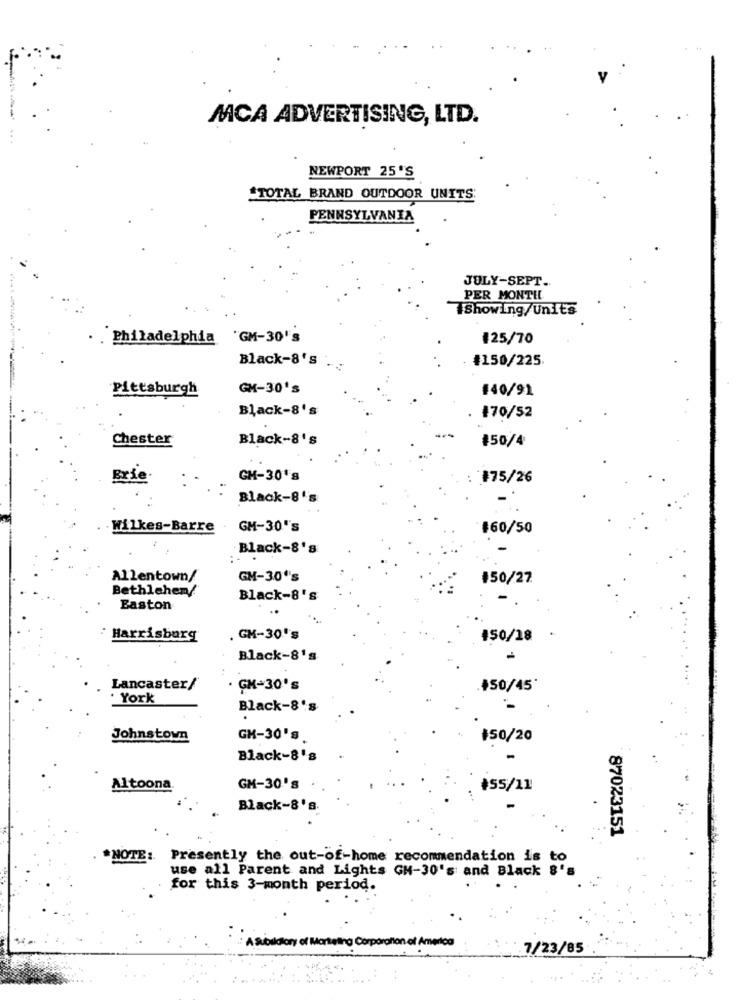
-
MCA ADVERTISING, LTD.
NEWPORT 25'S
*TOTAL BRAND OUTDOOR UNITS
PENNSYLVANIA
JULY-SEPT ..
PER MONTIL
WShowing/Units
Philadelphia
"GM-30's
125/70
Black-8's
#150/225
Pittsburgh
GM-30's
#40/91
Black-8's
. 170/52
Chester
Black-8's
$50/4
Erie.
GH-30's
#75/26
Black-8''s
.Wilkes-Barre
GM-30''s
$60/50
Black-8's
Allentown/
GM-30''s
150/27
Bethlehem/
Black-8's
Easton
Harrisburg
GM-30's
150/18
Black-8's
Lancaster/
GM-30's
+50/45
· York
Black-8's
Johnstown
GM-30's
$50/20
Black-8's
Altoona
GM-30's
+55/11
.
Black-8'a.
87023151
*NOTE: Presently the out-of-home recommendation is to
use all Parent and Lights GH-30's and Black
for this 3-month period.
7/23/85